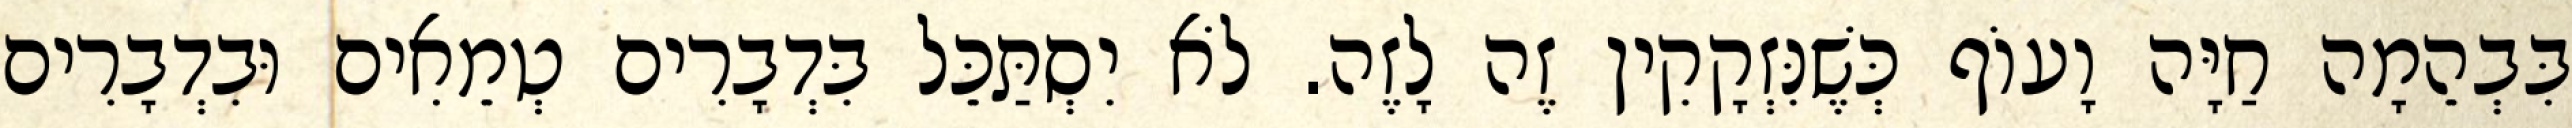
בִּבְהֵמָה חַיָּה וָעוֹף כְּשֶׁנִּזְקָקִין זֶה לָזֶה. לֹא יִסְתַּכֵּל בִּדְבָרִים טְמֵאִים וּבִדְבָרִים